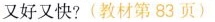
又好又快？(教材第83页)